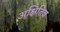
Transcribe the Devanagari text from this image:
अक्षितिज